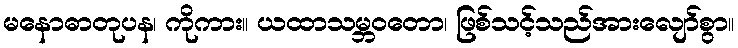
မနောဓာတုပန၊ ကိုကား။ ယထာသမ္ဘဝတော၊ ဖြစ်သင့်သည်အားလျော်စွာ။